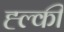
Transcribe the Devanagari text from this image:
ह्ल्की